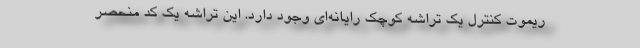
ریموت کنترل یک تراشه کوچک رایانه‌ای وجود دارد. این تراشه یک کد منحصر